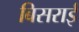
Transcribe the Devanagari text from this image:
बिसराई